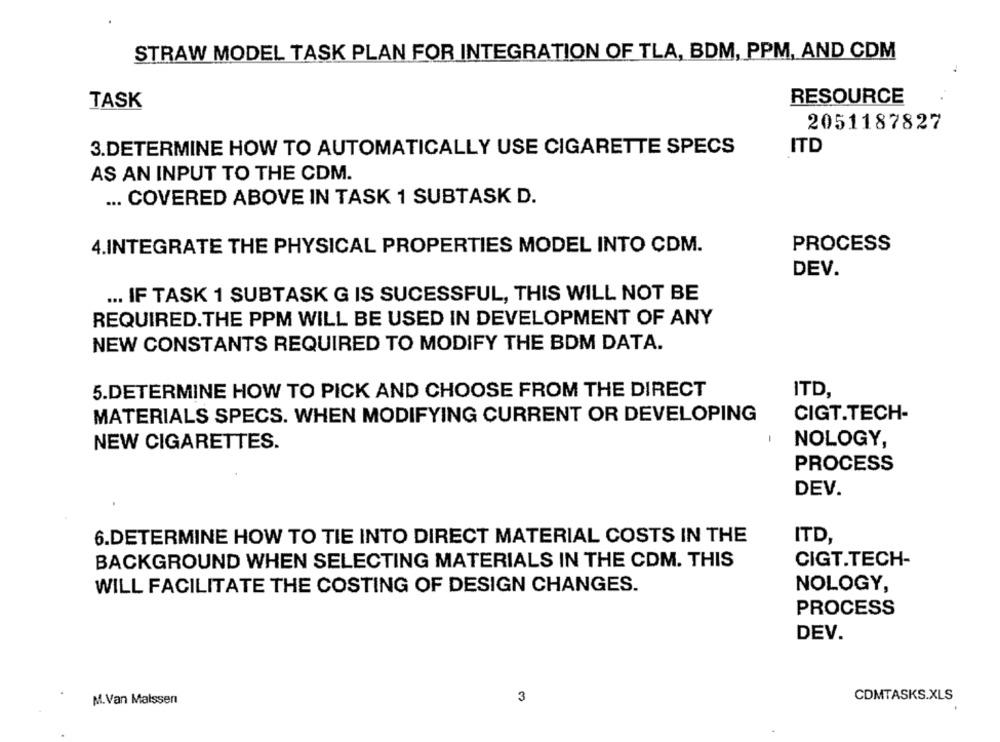
STRAW MODEL TASK PLAN FOR INTEGRATION OF TLA, BDM, PPM, AND CDM
TASK
RESOURCE
2051187827
3.DETERMINE HOW TO AUTOMATICALLY USE CIGARETTE SPECS
ITD
AS AN INPUT TO THE CDM.
... COVERED ABOVE IN TASK 1 SUBTASK D.
4.INTEGRATE THE PHYSICAL PROPERTIES MODEL INTO CDM.
PROCESS
DEV.
... IF TASK 1 SUBTASK G IS SUCESSFUL, THIS WILL NOT BE
REQUIRED.THE PPM WILL BE USED IN DEVELOPMENT OF ANY
NEW CONSTANTS REQUIRED TO MODIFY THE BDM DATA.
5.DETERMINE HOW TO PICK AND CHOOSE FROM THE DIRECT
ITD,
MATERIALS SPECS. WHEN MODIFYING CURRENT OR DEVELOPING
CIGT.TECH-
NEW CIGARETTES.
NOLOGY,
PROCESS
DEV.
6.DETERMINE HOW TO TIE INTO DIRECT MATERIAL COSTS IN THE
ITD,
BACKGROUND WHEN SELECTING MATERIALS IN THE CDM. THIS
CIGT.TECH-
WILL FACILITATE THE COSTING OF DESIGN CHANGES.
NOLOGY,
PROCESS
DEV.
CDMTASKS.XLS
M.Van Malssen
3